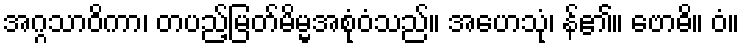
အဂ္ဂသာဝိကာ၊ တပည့်မြတ်မိမ္မအစုံဝံသည်။ အဟေသုံ၊ န်၏။ ဗောဓိ။ ဝံ။